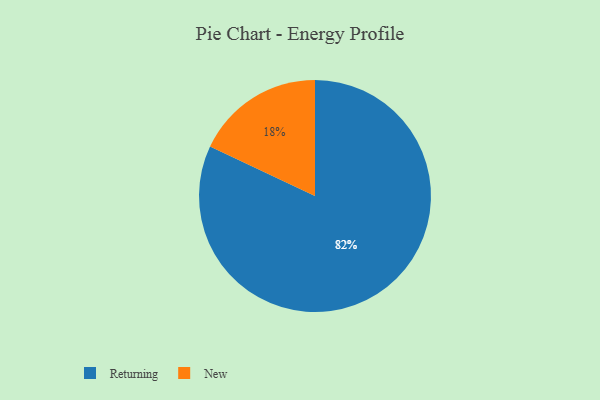
{"axis": {"x": "Category", "y": "Percentage"}, "legend": ["New", "Returning"], "data": [{"x": "New", "y": 18, "type": "New"}, {"x": "Returning", "y": 82, "type": "Returning"}]}